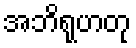
အဘိရုဟတု